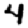
Digit: 4